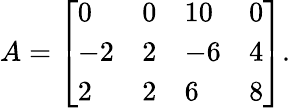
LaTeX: \begin{array}{r}{A=\left[\begin{array}{llll}{0}&{0}&{10}&{0}\\ {-2}&{2}&{-6}&{4}\\ {2}&{2}&{6}&{8}\end{array}\right].}\end{array}